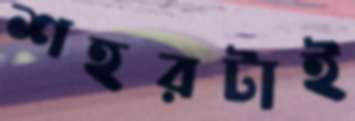
শহরটাই